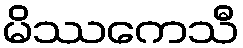
မိဿကေသီ